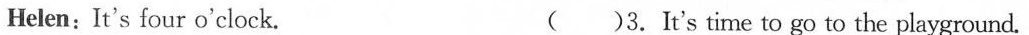
Helen: It's four o'clock. ( )3. It's time to go to the playground.